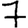
Digit: 7